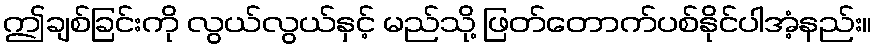
ဤချစ်ခြင်းကို လွယ်လွယ်နှင့် မည်သို့ ဖြတ်တောက်ပစ်နိုင်ပါအံ့နည်း။